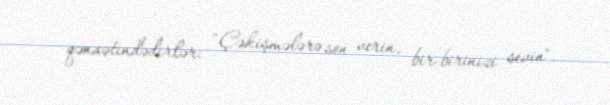
qənaətindədirlər: "Çəkişmələrə son verin, bir-birinizi sevin".